King Institute of Preventive Medicine Bacteriolog. Section reports 1907-08
Year: 1907
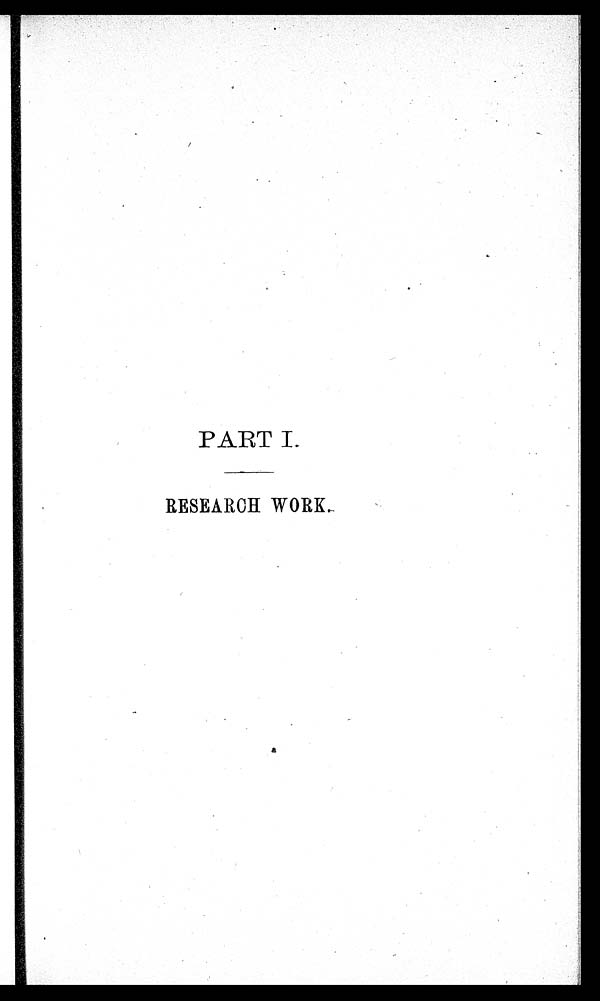
PART I.
RESEARCH WORK.